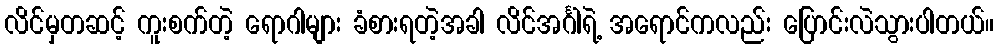
လိင်မှတဆင့် ကူးစက်တဲ့ ရောဂါများ ခံစားရတဲ့အခါ လိင်အင်္ဂါရဲ့ အရောင်ကလည်း ပြောင်းလဲသွားပါတယ်။